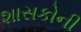
શાસકોની